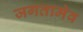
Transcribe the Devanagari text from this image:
जगतामेव